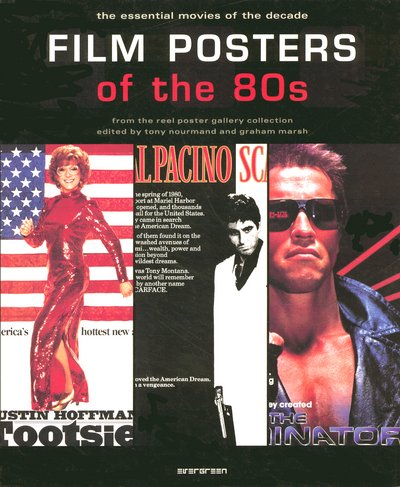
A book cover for Film Posters of the 80s: The Essential Movies of the Decade; Crafts, Hobbies & Home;